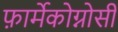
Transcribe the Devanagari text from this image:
फ़ार्मेकोग्नोसी